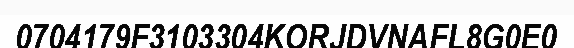
0704179F3103304KORJDVNAFL8G0E0